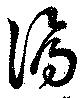
漏